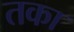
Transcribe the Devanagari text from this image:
तका